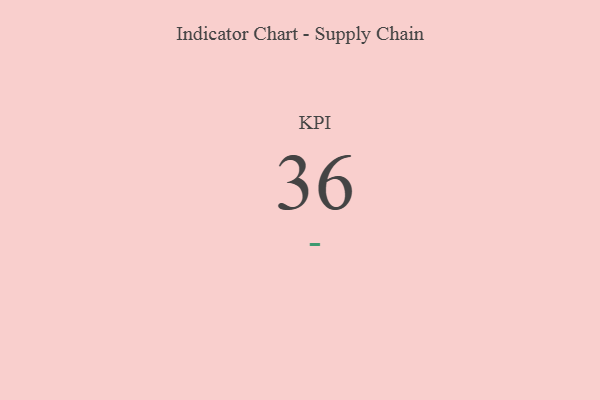
{"axis": {"x": "KPI", "y": "Value"}, "legend": [""], "data": [{"x": "KPI", "y": 36, "type": ""}]}